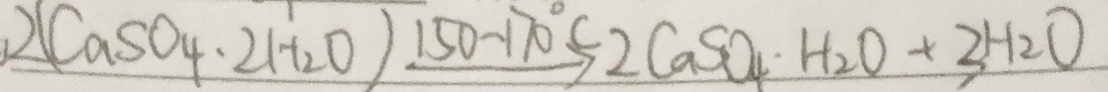
2 ( C a S O _ { 4 } \cdot 2 H _ { 2 } O ) \xrightarrow { 1 5 0 - 1 7 0 ^ { \circ } c } 2 C a S O _ { 4 } \cdot H _ { 2 } O + 3 H _ { 2 } O